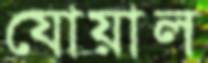
যোয়াল